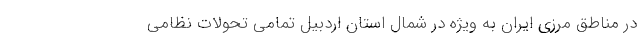
در مناطق مرزی ایران به ویژه در شمال استان اردبیل تمامی تحولات نظامی